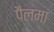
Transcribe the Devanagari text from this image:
पैलमा